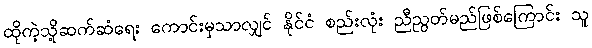
ထိုကဲ့သို့ဆက်ဆံရေး ကောင်းမှသာလျှင် နိုင်ငံ စည်းလုံး ညီညွတ်မည်ဖြစ်ကြောင်း သူ